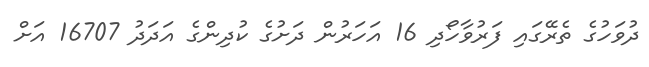
ދުވަހުގެ ތެރޭގައި ފަރުވާހޯދި 16 އަހަރުން ދަށުގެ ކުދިންގެ އަދަދު 16707 އަށް